Report on horse surra - Volume I
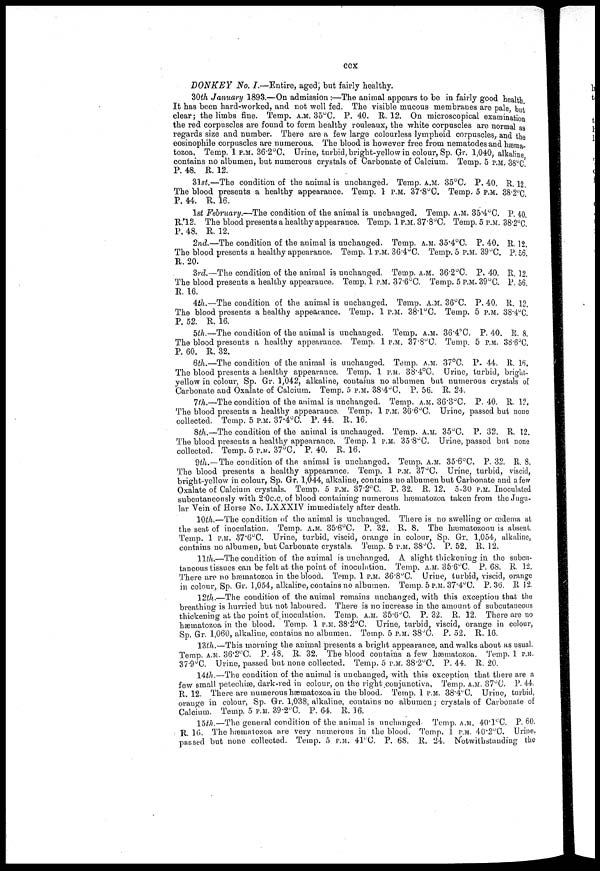
ccx
DONKEY No. I.—Entire, aged, but fairly healthy.
30th January 1893.—On admission:—The animal appears to be in fairly good health.
It has been hard-worked, and not well fed. The visible mucous membranes are pale, but
clear; the limbs fine. Temp. A.M. 35°C. P. 40. R. 12. On microscopical examination
the red corpuscles are found to form healthy rouleaux, the white corpuscles are normal as
regards size and number. There are a few large colourless lymphoid corpuscles, and the
eosinophile corpuscles are numerous. The blood is however free from nematodes and hæma¬
tozoa. Temp. 1 P.M. 36.2°C. Urine, turbid, bright-yellow in colour, Sp. Gr. 1,040, alkaline
contains no albumen, but numerous crystals of Carbonate of Calcium. Temp. 5 P.M. 38°C
P. 48. R.12.
31st.—The condition of the animal is unchanged. Temp. A.M. 35°C. P. 40. R. 12.
The blood presents a healthy appearance. Temp. 1 P.M. 37.8°C. Temp. 5 P.M. 38.2°C
P. 44. R. 16.
1st February.—The condition of the animal is unchanged. Temp. A.M. 35 . 4°C. P. 40.
R.12. The blood presents a healthy appearance. Temp. 1 P.M. 37.8°C. Temp. 5 P.M. 38.2°C
P. 48. R. 12.
2nd.—The condition of the animal is unchanged. Temp. A.M. 35.4°C. P. 40. R.12.
The blood presents a healthy appearance. Temp. 1 P.M. 36.4°C. Temp. 5 P.M. 39°C. P. 56.
R. 20.
3rd.—The condition of the animal is unchanged. Temp. A.M. 36.2°C. P. 40. R. 12.
The blood presents a healthy appearance. Temp. 1 P.M. 37.6°C. Temp. 5 P.M. 39°C. P. 56.
R. 16.
4th.—The condition of the animal is unchanged. Temp. A.M. 36°C. P. 40. R. 12.
The blood presents a healthy appearance. Temp. 1 P.M. 38.1°C. Temp. 5 P.M. 38.4°C.
P. 52. R. 16.
5th.—The condition of the animal is unchanged. Temp. A.M. 36.4°C. P. 40. R. 8.
The blood presents a healthy appearance. Temp. 1 P.M. 37.8°C. Temp. 5 P.M. 38.6°C.
P. 60. R. 32.
6th.—The condition of the animal is unchanged. Temp. A.M. 37°C. P. 44. R. 16.
The blood presents a healthy appearance. Temp. 1 P.M. 38.4°C. Urine, turbid, bright-
yellow in colour, Sp. Gr. 1,042, alkaline, contains no albumen but numerous crystals of
Carbonate and Oxalate of Calcium. Temp. 5 P.M. 38.4°C. P. 56. R. 24.
7th.—The condition of the animal is unchanged. Temp. A.M. 36.3°C. P. 40. R. 12.
The blood presents a healthy appearance. Temp. 1 P.M. 36.6°C. Urine, passed but none
collected. Temp. 5 P.M. 37.4°C. P. 44. R. 16.
8th.—The condition of the animal is unchanged. Temp. A.M. 35°C. P. 32. R. 12.
The blood presents a healthy appearance. Temp. 1 P.M. 35.8°C. Urine, passed but none
collected. Temp. 5 P.M. 37°C. P. 40. R. 16.
9th.—The condition of the animal is unchanged. Temp. A.M. 35.6°C. P. 32. R. 8.
The blood presents a healthy appearance. Temp. 1 P.M. 37°C. Urine, turbid, viscid,
bright-yellow in colour, Sp. Gr. 1,044, alkaline, contains no albumen but Carbonate and a few
Oxalate of Calcium crystals. Temp. 5 P.M. 37.2°C. P. 32. R. 12. 5-30 P.M. Inoculated
subcutaneously with 2.0 c.c. of blood containing numerous hæmatozoa taken from the Jugu-
lar Vein of Horse No. LXXXIV immediately after death.
10th.—The condition of the animal is unchanged. There is no swelling or œdema at
the seat of inoculation. Temp. A.M. 35.6°C. P. 32. R. 8. The hæmatozoon is absent.
Temp. 1 P.M. 37.6°C. Urine, turbid, viscid, orange in colour, Sp. Gr. 1,054, alkaline,
contains no albumen, but Carbonate crystals. Temp. 5 P.M. 38°C. P. 52. R. 12.
11th.—The condition of the animal is unchanged. A slight thickening in the subcu-
taneous tissues can be felt at the point of inoculation. Temp. A.M. 35 . 6°C. P. 68. R. 12.
There are no hæmatozoa in the blood. Temp. 1 P.M. 36 . 8°C. Urine, turbid, viscid, orange
in colour, Sp. Gr. 1,054, alkaline, contains no albumen. Temp. 5P.M.37 . 4°C. P. 36. R 12.
12th.—The condition of the animal remains unchanged, with this exception that the
breathing is hurried but not laboured. There is no increase in the amount of subcutaneous
thickening at the point of inoculation. Temp. A.M. 35.6°C. P. 32. R. 12. There are no
hæmatozoa in the blood. Temp. 1 P.M. 38.2°C. Urine, turbid, viscid, orange in colour,
Sp. Gr. 1,060, alkaline, contains no albumen. Temp. 5 P.M. 38°C. P. 52. R. 16.
13th.—This morning the animal presents a bright appearance, and walks about as usual.
Temp. A.M. 36.2°C. P. 48. R. 32. The blood contains a few hæmatozoa. Temp. 1 P.M.
37.9°C. Urine, passed but none collected. Temp. 5 P.M. 38.2°C. P. 44. R. 20.
14th.—The condition of the animal is unchanged, with this exception that there are a
few small petechiæ, dark-red in colour, on the right .conjunctiva, Temp. A.M. 37°C. P. 44.
R.12. There are numerous hæmatozoa in the blood. Temp. 1 P.M. 38.4°C. Urine, turbid,
orange in colour, Sp. Gr. 1,038, alkaline, contains no albumen; crystals of Carbonate of
Calcium. Temp. 5 P.M. 39.2°C. P. 64. R. 16.
15th.—The general condition of the animal is unchanged. Temp. A.M. 40 . 1°C. P. 60.
R. 16. The hæmatozoa are very numerous in the blood. Temp. 1 P.M. 40.2°C. Urine,
passed but none collected. Temp. 5 P.M. 41°C. P. 68. R. 24. Notwithstanding the